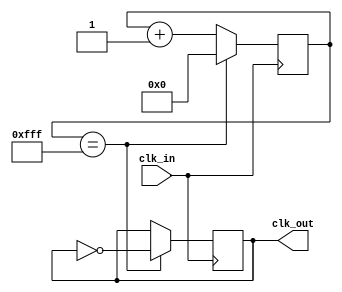
module frequency_divider (
    input wire clk_in, // incoming clock signal from frequency synthesizer
    output reg clk_out // lower frequency output signal
);

reg [11:0] count; // frequency divider counter

always @(posedge clk_in) begin
    if (count == 12'd4095) begin // divide incoming clock signal by 4096 (2^12)
        count <= 0;
        clk_out <= ~clk_out; // generate lower frequency output signal
    end else begin
        count <= count + 1;
    end
end

endmodule